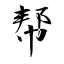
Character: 帮